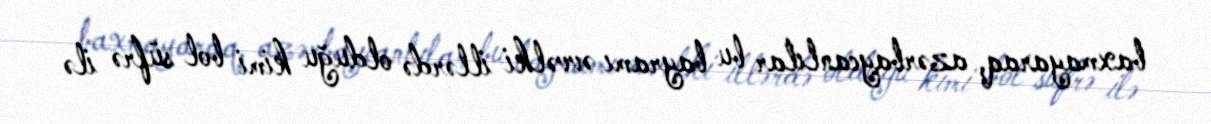
baxmayaraq, azərbaycanlılar bu bayramı əvvəlki illərdə olduğu kimi bol süfrə ilə